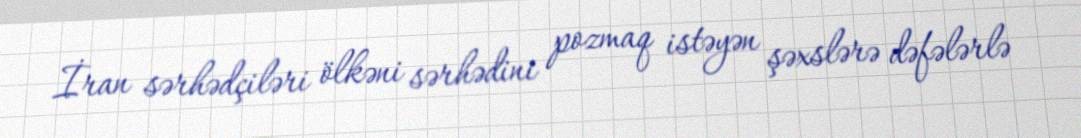
İran sərhədçiləri ölkəni sərhədini pozmaq istəyən şəxslərə dəfələrlə